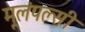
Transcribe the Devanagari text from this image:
मूलंपल्सी